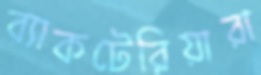
ব্যাকটেরিয়ারা